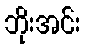
ဘိုးအင်း